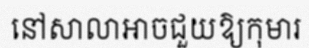
នៅសាលាអាចជួយឱ្យកុមារ